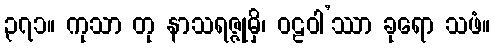
၃၇၁။ ကုသာ တု နာသရဇ္ဇုမှိ၊ ဝဠဝါ’ဿာ ခုရော သဖံ။